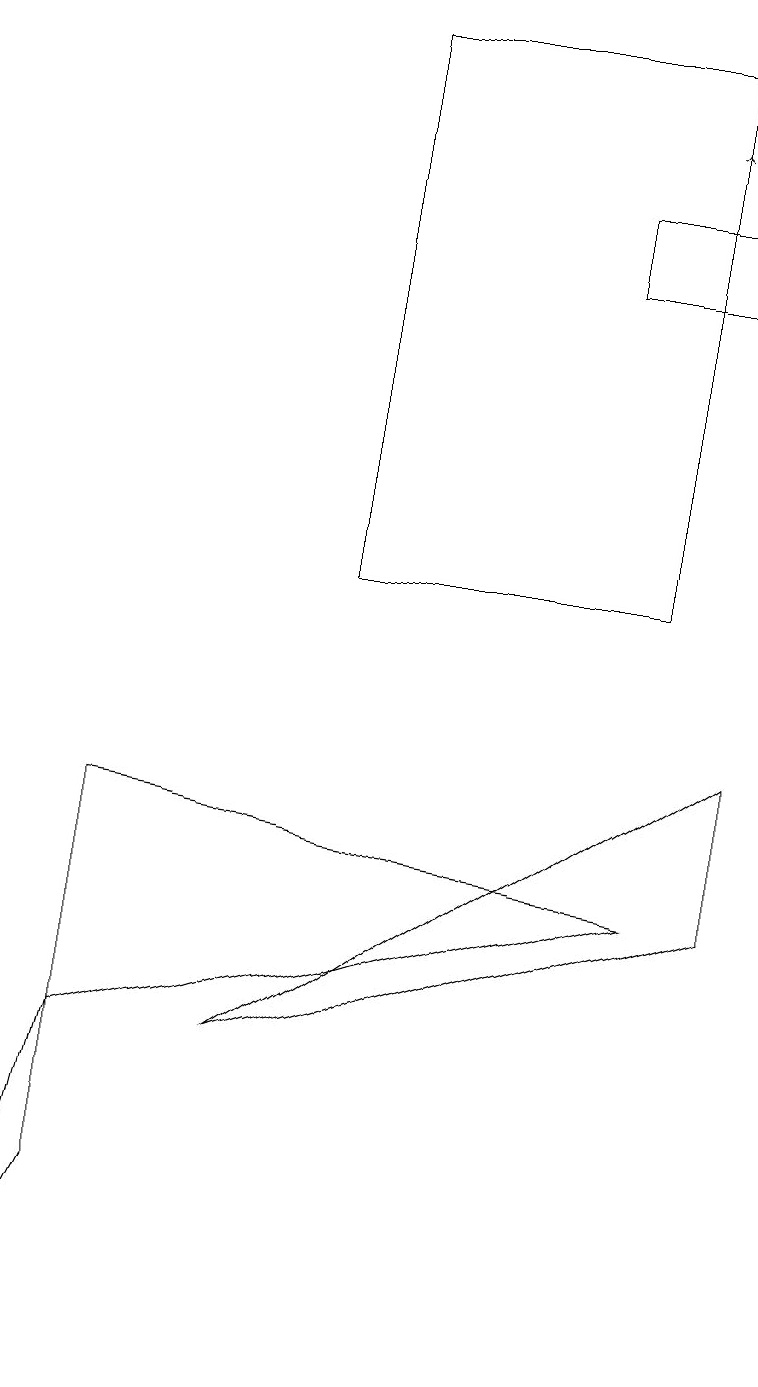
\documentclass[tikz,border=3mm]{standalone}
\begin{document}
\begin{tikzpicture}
\draw (7,14) rectangle (9,15);
\draw (3,4) -- (9,8) -- (9,6) -- cycle;
\draw[->] (8,16) -- (8,16);
\draw (4,17) rectangle (8,10);
\draw (1,4) -- (0,0) -- (1,2) -- cycle;
\draw (1,7) -- (1,4) -- (8,6) -- cycle;
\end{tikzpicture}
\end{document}